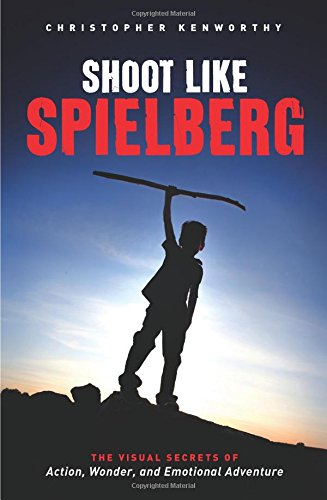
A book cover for Shoot Like Spielberg: The Visual Secrets of Action, Wonder and Emotional Adventure; Christopher Kenworthy; Humor & Entertainment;